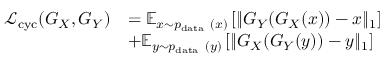
\begin{array} { r l } { \mathcal { L } _ { \mathrm { c y c } } ( G _ { X } , G _ { Y } ) } & { = \mathbb { E } _ { x \sim p _ { \mathrm { d a t a ~ } } ( x ) } \left[ \| G _ { Y } ( G _ { X } ( x ) ) - x \| _ { 1 } \right] } \\ & { + \mathbb { E } _ { y \sim p _ { \mathrm { d a t a ~ } } ( y ) } \left[ \| G _ { X } ( G _ { Y } ( y ) ) - y \| _ { 1 } \right] } \end{array}